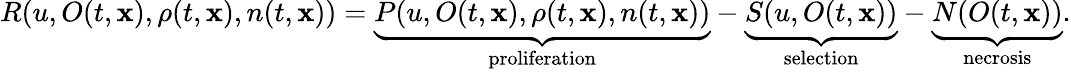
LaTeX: R(u,O(t,\mathbf{x}),\rho(t,\mathbf{x}),n(t,\mathbf{x}))=\underbrace{P(u,O(t,\mathbf{x}),\rho(t,\mathbf{x}),n(t,\mathbf{x}))}_{\textup{proliferation}}-\underbrace{S(u,O(t,\mathbf{x}))}_{\textup{selection}}-\underbrace{N(O(t,\mathbf{x}))}_{\textup{necrosis}}.